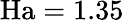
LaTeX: \mathrm{Ha}=1.35